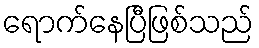
ရောက်နေပြီဖြစ်သည်